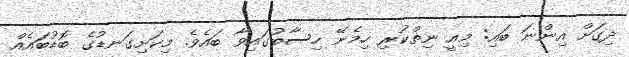
ދިގަށް އިންނަ ބައި: މިއީ ނިތްކުރި ހިމެނޭ ހިސާބުގައިވާ ބައެވެ. މިކަށިގަނޑުގެ ބޮޑުބައެއް